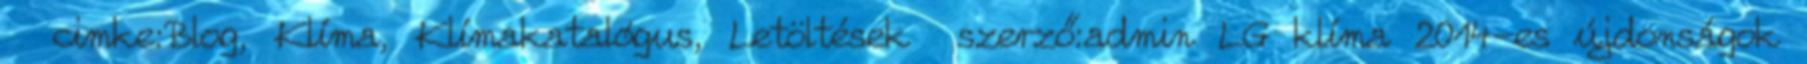
cimke:Blog, Klíma, Klímakatalógus, Letöltések szerző:admin LG klíma 2014-es újdonságok